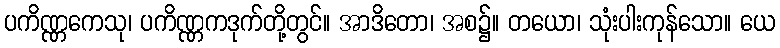
ပကိဏ္ဏကေသု၊ ပကိဏ္ဏကဒုက်တို့တွင်။ အာဒိတော၊ အစ၌။ တယော၊ သုံးပါးကုန်သော။ ယေ